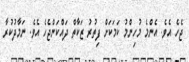
ޖެހެ އެވެ. އެންމެ މުހިންމު ކަމަކަށް ފިތުރު ޒަކާތް ދައްކަންޖެހެ އެވެ. ނަމާދުކުރާ